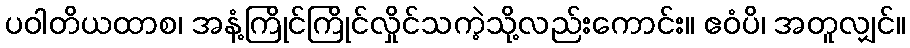
ပဝါတိယထာစ၊ အနံ့ကြိုင်ကြိုင်လှိုင်သကဲ့သို့လည်းကောင်း။ ဧဝံပိ၊ အတူလျှင်။